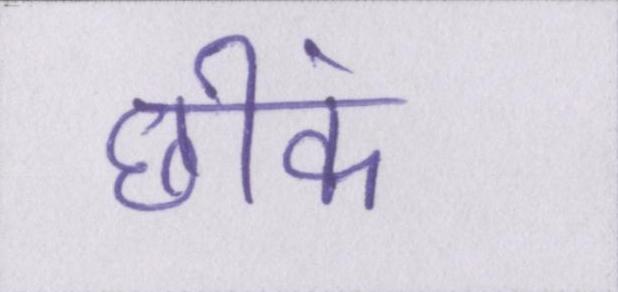
छींक